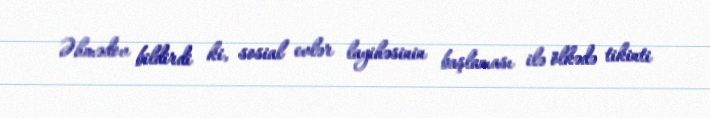
Əhmədov bildirdi ki, sosial evlər layihəsinin başlaması ilə ölkədə tikinti